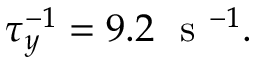
\tau _ { y } ^ { - 1 } = 9 . 2 ~ \mathrm { ~ s ~ } ^ { - 1 } .